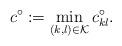
LaTeX: \begin{align*} c^{\circ} := \min_{(k,l) \in \mathcal{K}} c^{\circ}_{kl}.\end{align*}